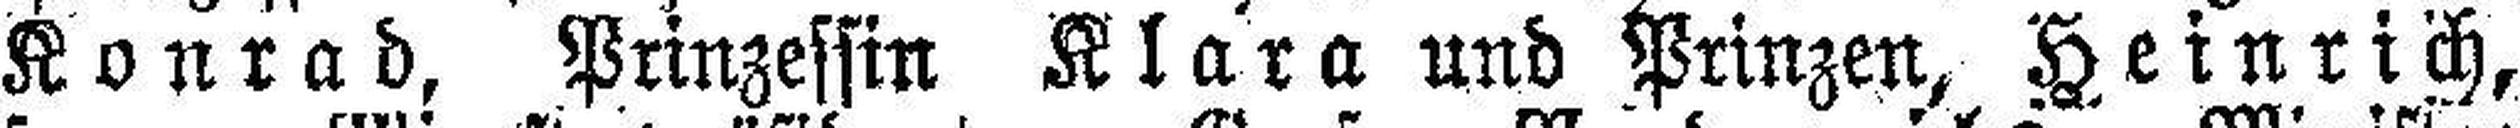
Konrad, Prinzessin Klara und Prinzen, Heinrich,